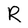
Character: R